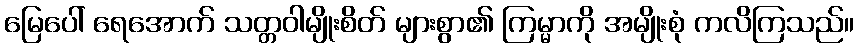
မြေပေါ် ရေအောက် သတ္တဝါမျိုးစိတ် များစွာ၏ ကြမ္မာကို အမျိုးစုံ ကလိကြသည်။